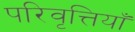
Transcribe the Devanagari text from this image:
परिवृत्तियाँ